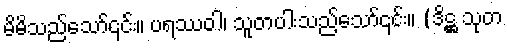
မိမိသည်သော်၎င်း။ ပရဿဝါ၊ သူတပါးသည်သော်၎င်း။ (ဒိဋ္ဌ သုတ